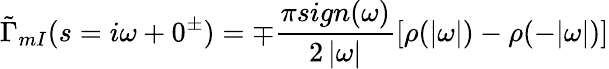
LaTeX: \tilde{\Gamma}_{mI}(s=i\omega+0^{\pm})=\mp\frac{\pi sign(\omega)}{2\, |\omega|}\left[\rho(|\omega|)-\rho(-|\omega|)\right]